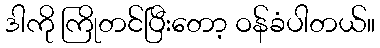
ဒါကို ကြိုတင်ပြီးတော့ ဝန်ခံပါတယ်။